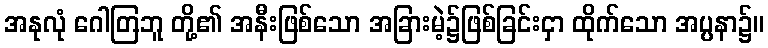
အနုလုံ ဂေါတြဘူ တို့၏ အနီးဖြစ်သော အခြားမဲ့၌ဖြစ်ခြင်းငှာ ထိုက်သော အပ္ပနာ၌။